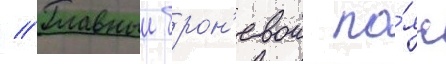
// Главныи брон'евои по́яс